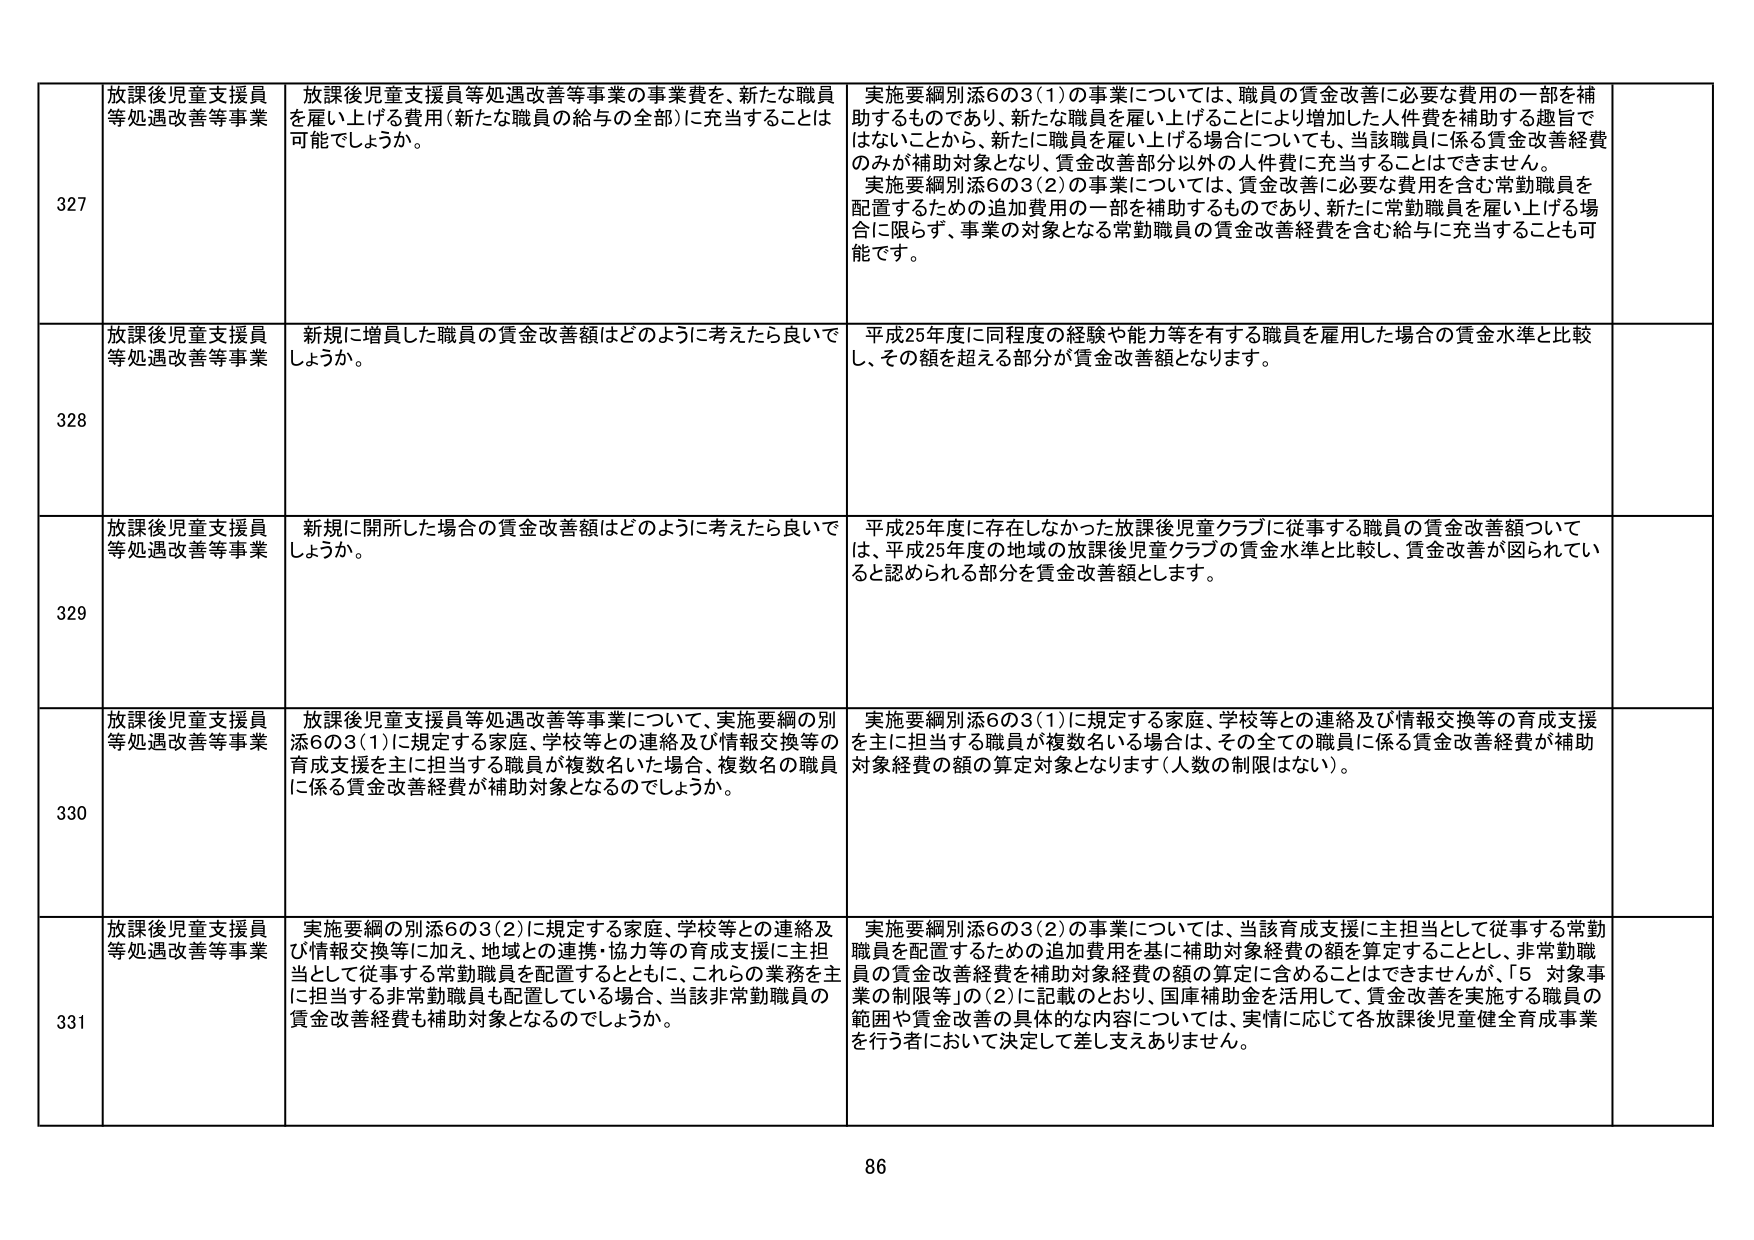
327 放課後児童支援員等処遇改善等事業 放課後児童支援員等処遇改善等事業の事業費を、新たな職員を雇い上げる費用（新たな職員の給与の全部）に充当することは可能でしょうか。 実施要綱別添6の3（1）の事業については、職員の賃金改善に必要な費用の一部を補助するものであり、新たな職員を雇い上げることにより増加した人件費を補助する趣旨ではないことから、新たな職員を雇い上げる場合についても、当該職員に係る賃金改善経費のみが補助対象となり、賃金改善部分以外の人件費に充当することはできません。 実施要綱別添6の3（2）の事業については、賃金改善に必要な費用を含む常勤職員を配置するための追加費用の一部を補助するものであり、新たに常勤職員を雇い上げる場合に限らず、事業の対象となる常勤職員の賃金改善経費を含む給与に充当することも可能です。

328 放課後児童支援員等処遇改善等事業 新規に増員した職員の賃金改善額はどのように考えたら良いでしょうか。 平成25年度に同程度の経験や能力等を有する職員を雇用した場合の賃金水準と比較し、その額を超える部分が賃金改善額となります。

329 放課後児童支援員等処遇改善等事業 新規に開所した場合の賃金改善額はどのように考えたら良いでしょうか。 平成25年度に存在しなかった放課後児童クラブに従事する職員の賃金改善額については、平成25年度の地域の放課後児童クラブの賃金水準と比較し、賃金改善が図られていると認められる部分を賃金改善額とします。

330 放課後児童支援員等処遇改善等事業 放課後児童支援員等処遇改善等事業について、実施要綱の別添6の3（1）に規定する家庭、学校等との連絡及び情報交換等の育成支援を主に担当する職員が複数名いた場合、複数名の職員に係る賃金改善経費が補助対象となるのでしょうか。 実施要綱別添6の3（1）に規定する家庭、学校等との連絡及び情報交換等の育成支援を主に担当する職員が複数名いる場合は、その全ての職員に係る賃金改善経費が補助対象経費の額の算定対象となります（人数の制限はない）。

331 放課後児童支援員等処遇改善等事業 実施要綱の別添6の3（2）に規定する家庭、学校等との連絡及び情報交換等に加え、地域との連携・協力等の育成支援に主担当として従事する常勤職員を配置するとともに、これらの業務を主に担当する非常勤職員も配置している場合、当該非常勤職員の賃金改善経費も補助対象となるのでしょうか。 実施要綱別添6の3（2）の事業については、当該育成支援に主担当として従事する常勤職員を配置するための追加費用を基に補助対象経費の額を算定することとし、非常勤職員の賃金改善経費を補助対象経費の額の算定に含めることはできませんが、「5 対象事業の制限等」の（2）に記載のとおり、国庫補助金を活用して、賃金改善を実施する職員の範囲や賃金改善の具体的内容については、実情に応じて各放課後児童健全育成事業を行う者において決定して差し支えありません。

86